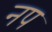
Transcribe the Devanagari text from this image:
नप